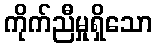
ကိုက်ညီမှုရှိသော